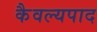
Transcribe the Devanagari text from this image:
कैवल्यपाद